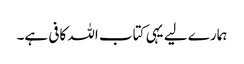
ہمارے لیے یہی کتاب اللہ کافی ہے۔